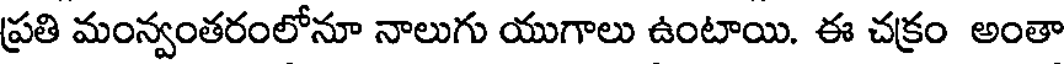
ప్రతి మంన్వంతరంలోనూ నాలుగు యుగాలు ఉంటాయి. ఈ చక్రం అంతా